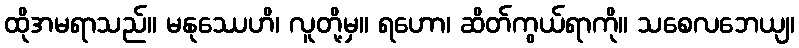
ထိုအမရာသည်။ မနုဿေဟိ၊ လူတို့မှ။ ရဟော၊ ဆိတ်ကွယ်ရာကို။ သစေလဘေယျ၊